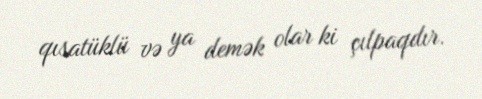
qısatüklü və ya demək olar ki çılpaqdır.